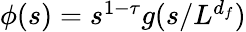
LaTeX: \begin{array}{r}{\phi(s)=s^{1-\tau}g(s/L^{d_{f}})}\end{array}